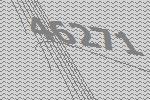
46271